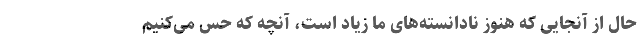
حال از آنجایی که هنوز نادانسته‌های ما زیاد است، آنچه که حس می‌کنیم